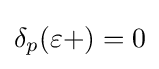
\delta _{p}(\varepsilon +)=0